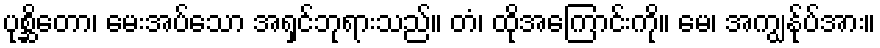
ပုစ္ဆိတော၊ မေးအပ်သော အရှင်ဘုရားသည်။ တံ၊ ထိုအကြောင်းကို။ မေ၊ အကျွန်ုပ်အား။